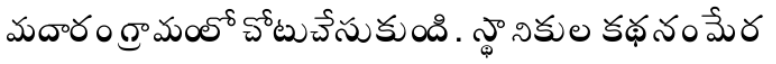
మదారం గ్రామంలో చోటుచేసుకుంది. స్థానికుల కథనం మేర